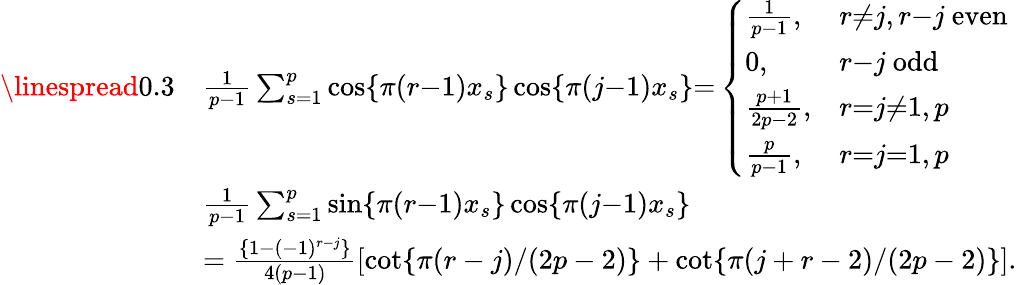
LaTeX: \begin{array}{rl}{\linespread{0.3}}&{\frac{1}{p{-}1}\sum_{s=1}^{p}\cos\{ \pi(r{-}1)x_{s}\} \cos\{ \pi(j{-}1)x_{s}\} {=}\left\{ \begin{array}{ll}{\frac{1}{p-1},}&{r{\neq}j,r{-}j\mathrm{~even}}\\ {0,}&{r{-}j\mathrm{~odd}}\\ {\frac{p+1}{2p-2},}&{r{=}j{\neq}1,p}\\ {\frac{p}{p-1},}&{r{=}j{=}1,p}\end{array}\right.}\\ &{\frac{1}{p{-}1}\sum_{s=1}^{p}\sin\{ \pi(r{-}1)x_{s}\} \cos\{ \pi(j{-}1)x_{s}\} }\\ &{=\frac{\{ 1-(-1)^{r-j}\} }{4(p-1)}\left[\mathrm{cot}\{ \pi(r-j)/(2p-2)\} +\mathrm{cot}\{ \pi(j+r-2)/(2p-2)\} \right].}\end{array}